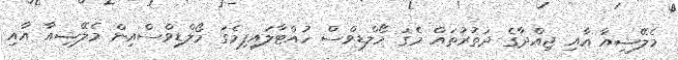
މެލޭޝިއާ އާއި ޖިއްދާގެ ދަތުރުތައް މެގަ މޯލްޑިވްސް ހުއްޓާލައިފިމެގަ މޯލްޑިވްސްއިން މެލޭޝިއާ އާއި